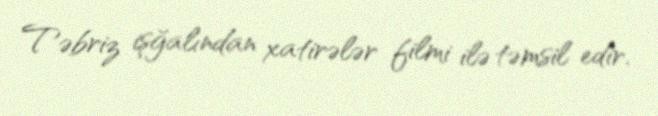
Təbriz işğalından xatirələr filmi ilə təmsil edir.